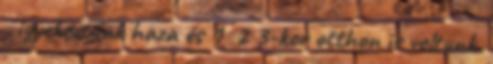
, igyekeztünk haza és 1 2 3-kor otthon is voltunk.